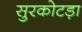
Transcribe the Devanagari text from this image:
सुरकोटड़ा